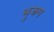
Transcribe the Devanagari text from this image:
भुजग